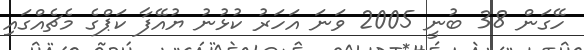
ހޭގަން 38 ބުނީ 2005 ވަނަ އަހަރު ކުޅުނު ޔުއޭފާ ކަޕްގެ މެޗެއްގައި